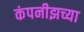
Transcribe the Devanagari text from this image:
कंपनीझच्या